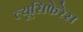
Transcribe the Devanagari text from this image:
ल्यूसिफेरेस